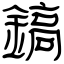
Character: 鎬